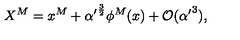
X ^ { M } = x ^ { M } + { \alpha ^ { \prime } } ^ { \frac { 3 } { 2 } } \phi ^ { M } ( x ) + { \cal O } ( { \alpha ^ { \prime } } ^ { 3 } ) ,